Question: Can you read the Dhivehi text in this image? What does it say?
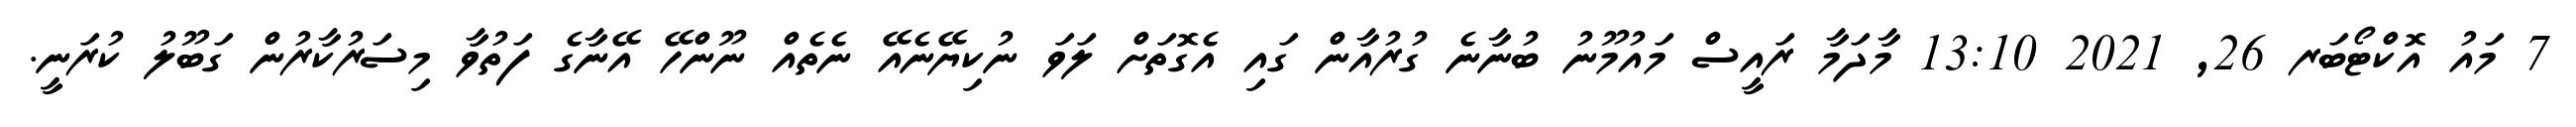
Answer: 7 މައު އޮކްޓޯބަރ 26, 2021 13:10 މާދަމާ ރައީސް މައުމޫނު ބުނާނެ ގުރުއާން ގައި އެގޮތަށް ލަވަ ނުކިޔޭނެއޭ ނެތެއް ނޫންހޭ އޭނާގެ ފަތުވާ މިސަރުކާރުން ގަބޫލު ކުރަނީ.